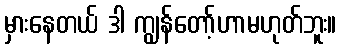
မှားနေတယ် ဒါ ကျွန်တော့်ဟာမဟုတ်ဘူး။